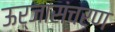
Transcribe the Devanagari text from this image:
ऊर्जासंचरण